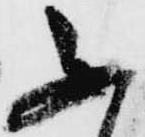
不